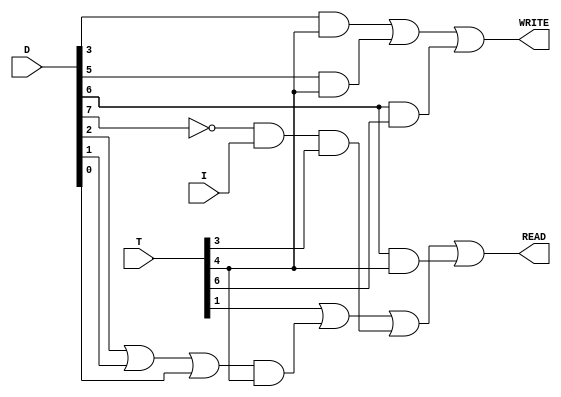
module RAM_Control (WRITE, READ, T, D, I);

	input  I;
	input [7:0] T, D;
	output WRITE, READ;

	wire Dn7;
	wire A1, A2, A3, A4, A8, A9,A10,A11;

	assign Dn7 = ~D[7];

	assign A1 =  T[1];
	assign A2 = Dn7 & I & T[3];
	assign A3 = D[3] & T[4];
	assign A4 = D[5] & T[4];
	assign A9 = D[2] | D[1] | D[0];
	assign A8 = A9 & T[4];
	assign A10= D[6] & T[4] ;
	assign A11 = D[6] & T[6] ;
	
	assign WRITE = A3 | A4  | A11;
	assign READ = A1 | A8 | A2|A10;

endmodule